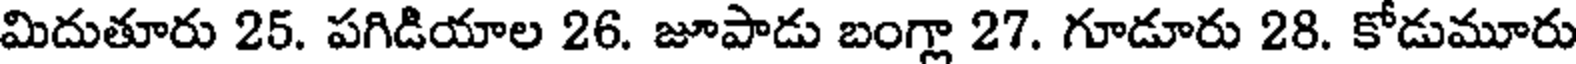
మిదుతూరు 25. పగిడియాల 26. జూపాడు బంగ్లా 27. గూడూరు 28. కోడుమూరు